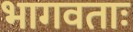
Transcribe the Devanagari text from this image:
भागवताः